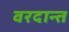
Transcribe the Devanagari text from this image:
वरदान्त